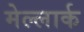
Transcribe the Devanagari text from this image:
मेल्लार्क